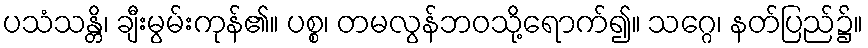
ပသံသန္တိ၊ ချီးမွမ်းကုန်၏။ ပစ္စ၊ တမလွန်ဘဝသို့ရောက်၍။ သဂ္ဂေ၊ နတ်ပြည်၌။